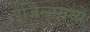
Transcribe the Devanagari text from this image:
इंजिन्समध्ये